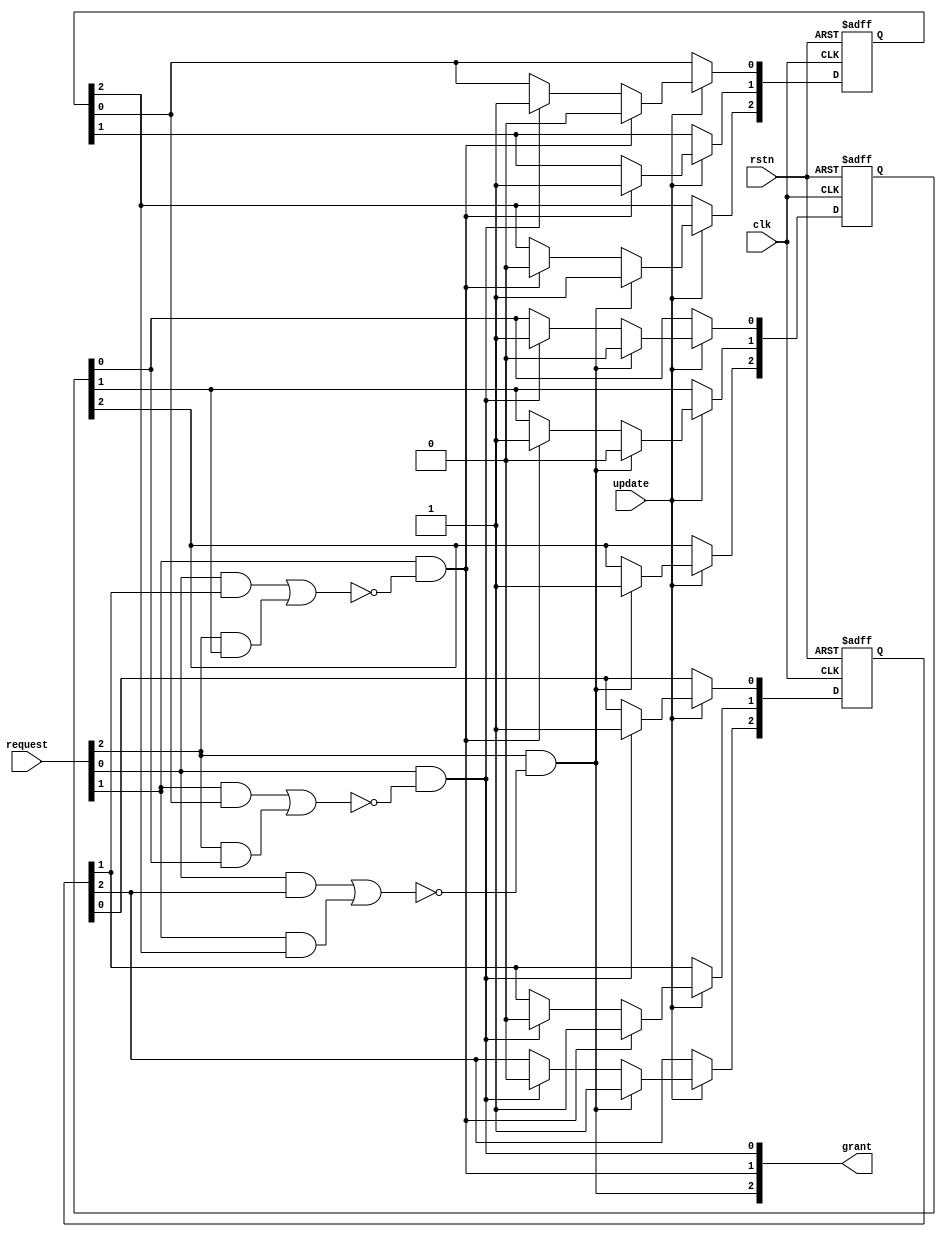
module mtx_arbiter #(
    parameter   LEN =                       3
)(
    input       wire                        clk,
    input       wire                        rstn,

    input       wire        [LEN-1:0]       request,
    output      reg         [LEN-1:0]       grant,

    input       wire                        update
);

integer i,j;
reg [LEN-1:0] dsbl;
reg [LEN-1:0] w [LEN-1:0]; 
// w[i][j] = 1 indicates the priority of REQi is higher than REQj
// w[i][j] = 0 indicates the priority of REQi is lower than REQj

always@(*)
begin
    for(i=0; i<LEN; i=i+1)
    begin
        for(j=0; j<LEN+1; j=j+1)
        begin
            if(j == 0) dsbl[i] = 0;
            else if(j-1 != i) dsbl[i] = dsbl[i] | (request[j-1] & w[j-1][i]);
            else  dsbl[i] = dsbl[i];     
        end            
        grant[i] = request[i] & (~dsbl[i]);
    end
end

always@(posedge clk or negedge rstn)
begin
    if(~rstn)
    begin
        for(i=0; i<LEN; i=i+1)
        begin
            for(j=0; j<LEN; j=j+1)
            begin
                if(i>j) w[i][j] <= 0;
                else w[i][j] <= 1;
                //after reset,REQ0 has the highest priority
            end
        end
    end
    else
    begin
        if(update)
        begin
            for(i=0; i<LEN; i=i+1)
            begin
                if(grant[i]) 
                begin
                    for(j=0; j<LEN; j=j+1)
                    begin
                        w[i][j] <= 0;
                        w[j][i] <= 1;
                    end
                end
            end
        end
    end
end

endmodule